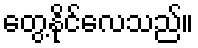
တွေ့နိုင်လေသည်။